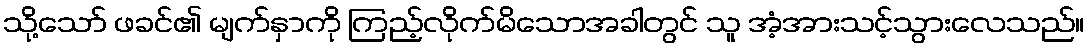
သို့သော် ဖခင်၏ မျက်နှာကို ကြည့်လိုက်မိသောအခါတွင် သူ အံ့အားသင့်သွားလေသည်။